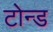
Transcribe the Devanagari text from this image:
टोन्ड